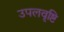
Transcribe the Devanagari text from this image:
उपलवृष्टि